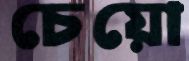
চেয়ো